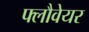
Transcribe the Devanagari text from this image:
फ्लौवेयर